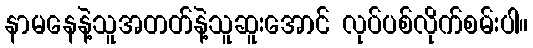
နာမနေနဲ့သူအတတ်နဲ့သူဆူးအောင် လုပ်ပစ်လိုက်စမ်းပါ။